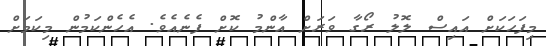
މިފަހަކަށް އައިސް ލޮލު ރޯގާ ވަރަށް އާންމު ކޮށް ފެނެއެވެ. އެހެންކަމުން މިކަމަށް